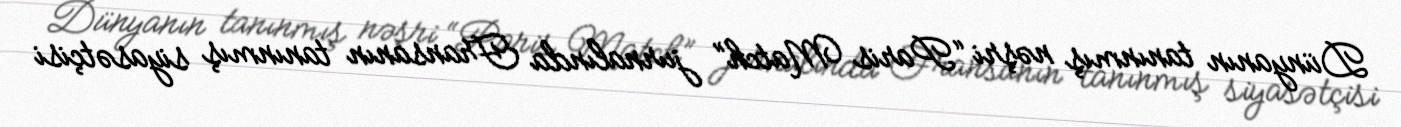
Dünyanın tanınmış nəşri “Paris Match” jurnalında Fransanın tanınmış siyasətçisi